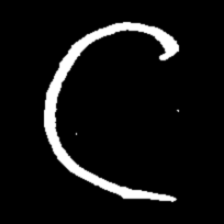
Pyu character \u2014 Myanmar letter: ဋ (romanized: tta)